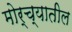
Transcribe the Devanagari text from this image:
मोर्च्यातील